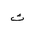
Letter: _tha